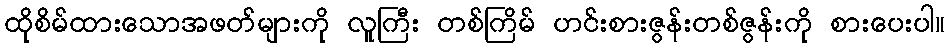
ထိုစိမ်ထားသောအဖတ်များကို လူကြီး တစ်ကြိမ် ဟင်းစားဇွန်းတစ်ဇွန်းကို စားပေးပါ။